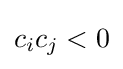
c_{i}c_{j}<0